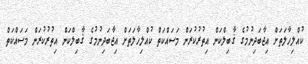
ކުއްލިހާލަތަށް އިޖާބަދިނުމުގެ ޤާބިލްކަން އިތުރުކުރަން މަސައްކަތް ކުއްލިހާލަތަށް އިޖާބަދިނުމުގެ ޤާބިލްކަން އިތުރުކުރަން މަސައްކަތް